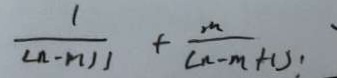
\frac { 1 } { ( n - m ) 1 } + \frac { m } { ( n - m + 1 ) }